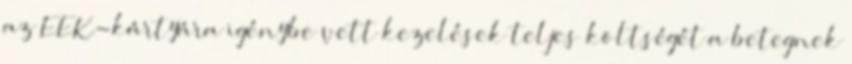
az EEK-kártyára igénybe vett kezelések teljes költségét a betegnek